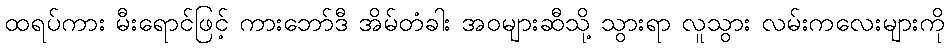
ထရပ်ကား မီးရောင်ဖြင့် ကားဘော်ဒီ အိမ်တံခါး အဝများဆီသို့ သွားရာ လူသွား လမ်းကလေးများကို